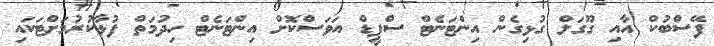
ފޭސްބުކް އާއި ގޫގަލް ގުޅިގެން އިންޓަނެޓް ސްޕީޑް އަވަސްކޮށް އިންޓަނެޓް ހިދުމަތް ފުޅާކުރުމަށްޓަކައި